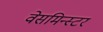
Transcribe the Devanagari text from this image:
वेसमिन्स्टर